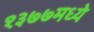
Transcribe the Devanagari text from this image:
१३७७मध्ये